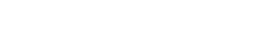
အထုပ်ကြီးကို ဖြေကြည့်လိုက်ရသည်။